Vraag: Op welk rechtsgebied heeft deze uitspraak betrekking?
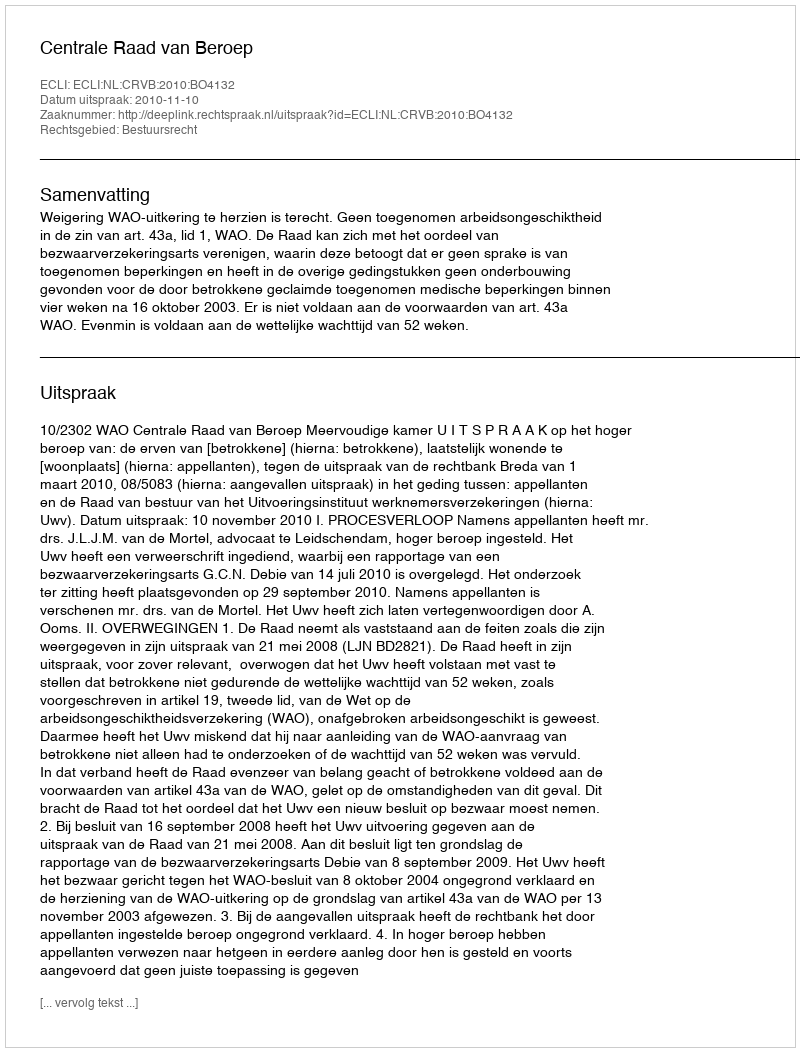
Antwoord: Bestuursrecht